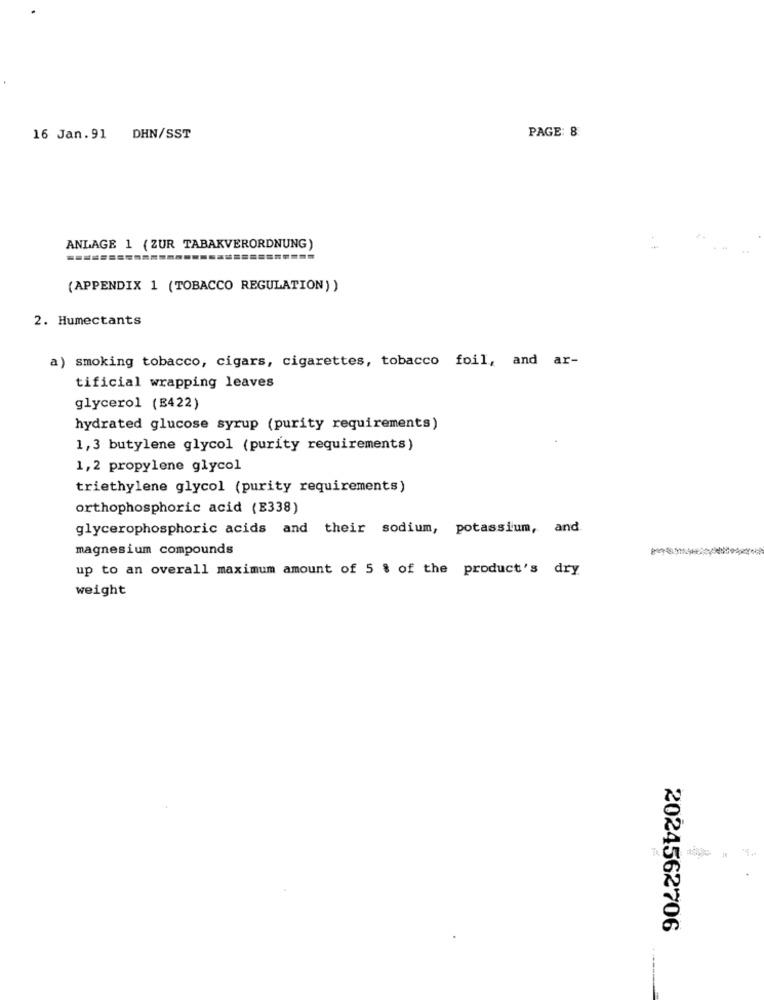
PAGE: 8
16 Jan. 91
DHN/SST
ANLAGE 1 (ZUR TABAKVERORDNUNG)
(APPENDIX 1 (TOBACCO REGULATION))
2. Humectants
a) smoking tobacco, cigars, cigarettes, tobacco foil, and ar-
tificial wrapping leaves
glycerol (B422)
hydrated glucose syrup (purity requirements)
1,3 butylene glycol (purity requirements)
1,2 propylene glycol
triethylene glycol (purity requirements)
orthophosphoric acid (E338)
glycerophosphoric acids and their sodium, potassium, and
magnesium compounds
up to an overall maximum amount of 5 % of the product's dry
weight
2024562706